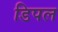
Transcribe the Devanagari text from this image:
डिपल